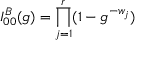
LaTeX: I _ { 0 0 } ^ { B } ( g ) = \prod _ { j = 1 } ^ { r } ( 1 - g ^ { - w _ { j } } )